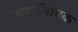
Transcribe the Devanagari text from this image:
भदऊँनामक